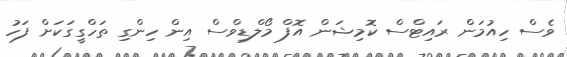
ވެސް ހިއުމަން ރައިޓްސް ކޮމިޝަން އޮފް މޯލްޑިވްސް އިން ހިންގި ތަހްގީގަކަށް ފަހު